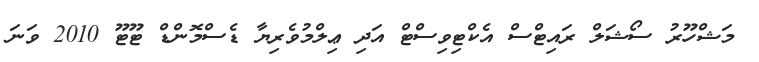
މަޝްހޫރު ސޯޝަލް ރައިޓްސް އެކްޓިވިސްޓް އަދި ޢިލްމުވެރިޔާ ޑެސްމޮންޑް ޓޫޓޫ 2010 ވަނަ